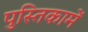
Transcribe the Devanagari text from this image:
पुस्‍तिकामें